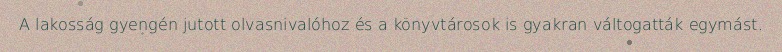
A lakosság gyengén jutott olvasnivalóhoz és a könyvtárosok is gyakran váltogatták egymást.